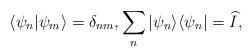
LaTeX: \begin{align*}\langle \psi_n | \psi_m \rangle = \delta_{nm}, \sum_n |\psi_n\rangle \langle \psi_n | = \widehat{I}, \end{align*}